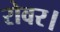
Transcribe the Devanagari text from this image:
रोवर।